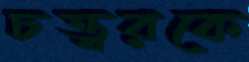
চত্ত্বরকে